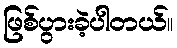
ဖြစ်ပွားခဲ့ပါတယ်။